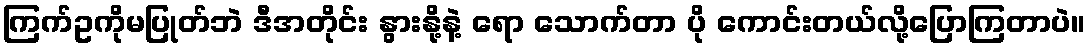
ကြက်ဥကိုမပြုတ်ဘဲ ဒီအတိုင်း နွားနို့နဲ့ ရော သောက်တာ ပို ကောင်းတယ်လို့ပြောကြတာပဲ။